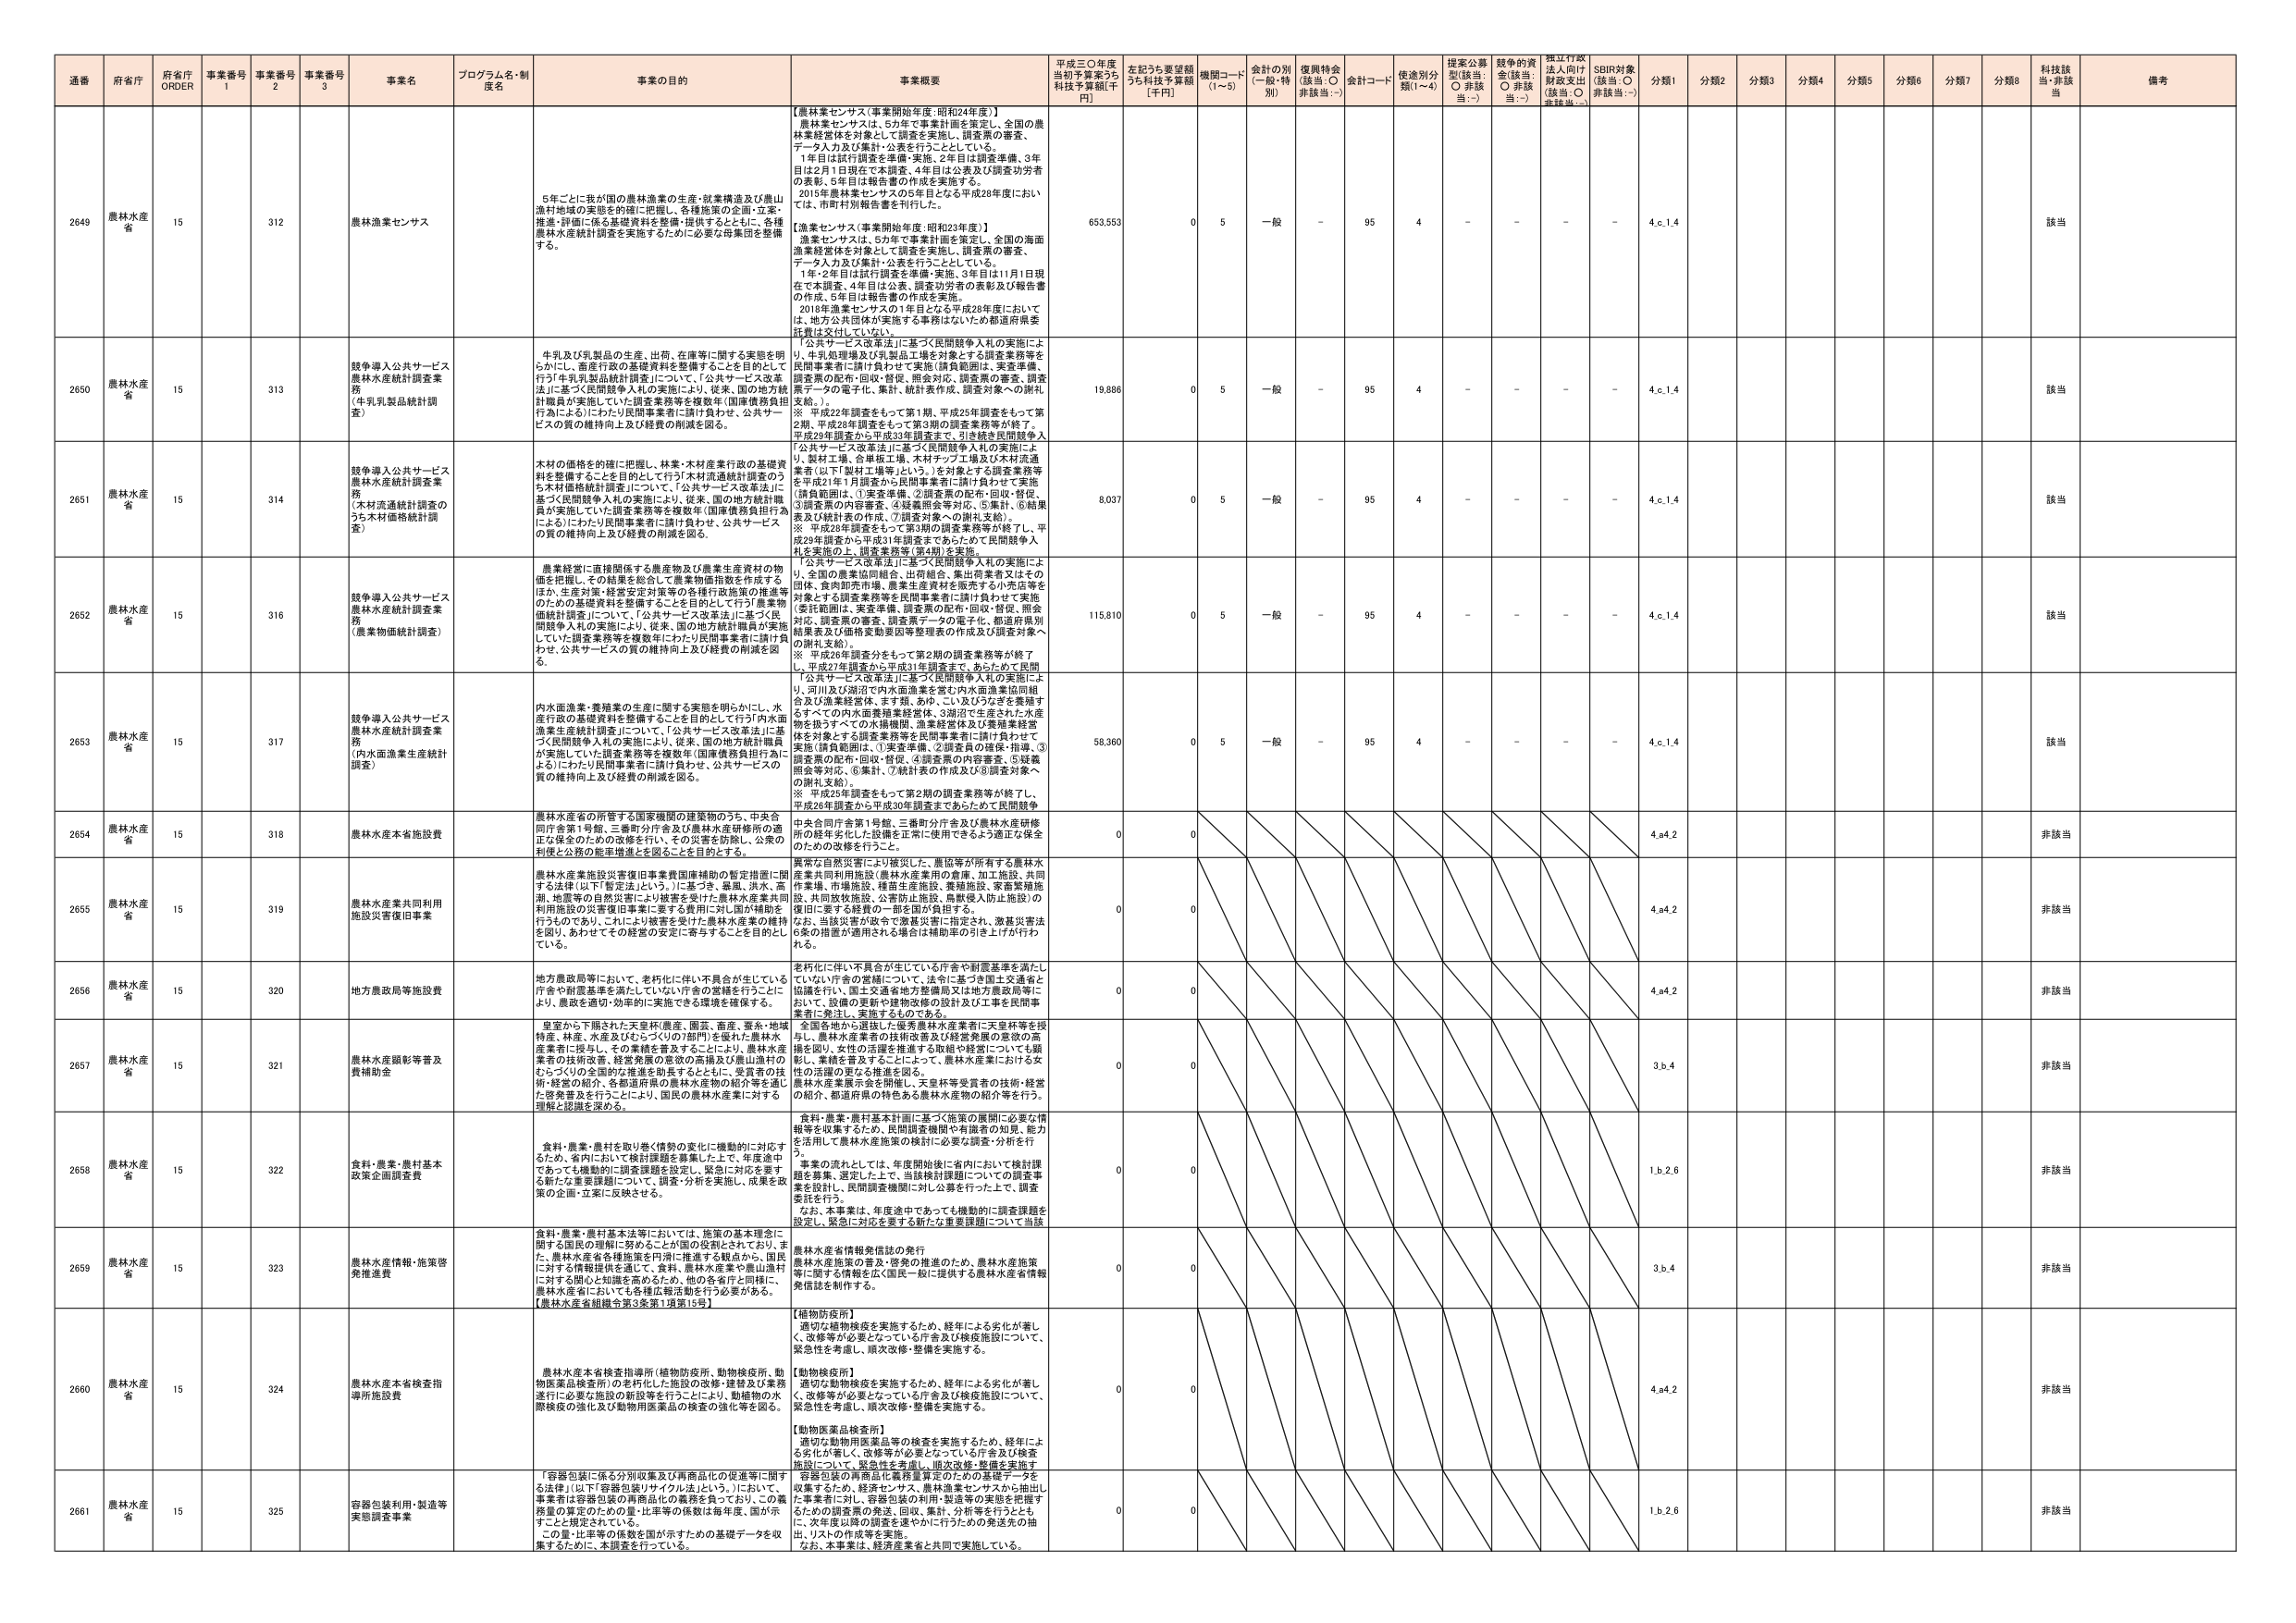
通番 府省庁 府省庁 ORDER 事業番号 1 事業番号 2 事業番号 3 事業名 プログラム名・制度名 事業の目的 事業概要 平成三〇年度当初予算案うち科技予算額[千円] 左記うち要望額うち科技予算額[千円] 機関コード(1～5) 金計の別(一般・特別) 復興特会(該当:○ 非該当:－) 金計コード 使用別分類(1～4) 提案公募型(該当:○ 非該当:－) 越年の資金(該当:○ 非該当:－) 採択行政法上向け財政支出(該当:○ 非該当:－) SDBR対象(該当:○ 非該当:－) 分類1 分類2 分類3 分類4 分類5 分類6 分類7 分類8 科技該当 備考

2649 農林水産省 15 312 農林漁業センサス 5年ごとに我が国の農林漁業の生産・就業構造及び農山漁村地域の実態を的確に把握し、各施策策の企画・立案・推進・評価に係る基礎資料を整備することを目的として、各種農林水産統計調査を実施するために必要な母集団を整備する。 【農林業センサス(事業開始年度:昭和24年度)】 農林業センサスは、5年で事業計画を策定し、全国の農林業経営体を対象として調査を実施し、調査票の審査、データ入力及び集計・公表を行うこととしている。 1年目は試行調査を準備・実施、2年目は調査準備、3年目は2月1日現在で本調査、4年目は公表及び調査功労者の表彰、5年目は報告書の作成を実施する。 2015年農林業センサスの5年目となる平成28年度におい ては、市町村別報告書を刊行した。 【漁業センサス(事業開始年度:昭和23年度)】 漁業センサスは、5年で事業計画を策定し、全国の海面漁業経営体を対象として調査を実施し、調査票の審査、データ入力及び集計・公表を行うこととしている。 1年・2年目は試行調査を準備・実施、3年目は11月1日現在で本調査、4年目は公表、調査功労者の表彰及び報告書の作成、5年目は報告書の作成を実施。 2018年漁業センサスの1年目となる平成28年度においては、地方公共団体が実施する事務はないため都道府県委託費は交付していない。 653,553 0 5 一般 - 95 4 - - - - 4.c.1.4 該当

2650 農林水産省 15 313 競争導入公共サービス農林水産統計調査業務 (牛乳乳製品統計調査) 牛乳及び乳製品の生産、出荷、在庫等に関する実態を明らかにし、畜産行政の基礎資料を整備することを目的として行う「牛乳乳製品統計調査」について、「公共サービス改革法」に基づく民間競争入札の実施により、従来、国の地方統計職員が実施していた調査業務等を複数年(国庫債務負担行為による)にわたり民間事業者に請け負わせ、公共サービスの質の維持向上及び経費の削減を図る。 「公共サービス改革法」に基づく民間競争入札の実施により、牛乳処理場及び乳製品工場を対象とする調査業務等を民間事業者に請け負わせて実施(調査範囲は、実査準備、調査票の配布・回収・督促、照会対応、調査票の審査、調査票データの電子化、集計、統計表作成、調査対象への謝礼支給。)。 ※ 平成22年調査をもって第1期、平成25年調査をもって第2期、平成28年調査をもって第3期の調査業務等が終了。 平成29年調査から平成33年調査まで、引き続き民間競争入札を実施。 19,886 0 5 一般 - 95 4 - - - - 4.c.1.4 該当

2651 農林水産省 15 314 競争導入公共サービス農林水産統計調査業務 (木材流通統計調査のうち木材価格統計調査) 木材の価格を的確に把握し、林業・木材産業行政の基礎資料を整備することを目的として行う「木材流通統計調査のうち木材価格統計調査」について、「公共サービス改革法」に基づく民間競争入札の実施により、従来、国の地方統計職員が実施していた調査業務等を複数年(国庫債務負担行為による)にわたり民間事業者に請け負わせ、公共サービスの質の維持向上及び経費の削減を図る。 「公共サービス改革法」に基づく民間競争入札の実施により、製材工場、合板積工場、木材チップ工場及び木材流通業者(以下「製材工場等」という。)を対象とする調査業務等を平成21年1月調査から民間事業者に請け負わせて実施(調査範囲は、①実査準備、②調査票の配布・回収・督促、③調査票の内容審査、④疑義照会等対応、⑤集計、⑥結果表及び統計表の作成、⑦調査対象への謝礼支給)。 ※ 平成28年調査をもって第3期の調査業務等が終了し、平成29年調査から平成31年調査まであらためて民間競争入札を実施の上、調査業務等(第4期)を実施。 8,037 0 5 一般 - 95 4 - - - - 4.c.1.4 該当

2652 農林水産省 15 316 競争導入公共サービス農林水産統計調査業務 (農業物価統計調査) 農業経営に直接関係する農産物及び農業生産資材の物価を把握し、その結果を総合して農業物価指数を作成するほか、生産対策・経営安定対策等の各種行政施策の推進等のための基礎資料を整備することを目的として行う「農業物価統計調査」について、「公共サービス改革法」に基づく民間競争入札の実施により、従来、国の地方統計職員が実施していた調査業務等を複数年(国庫債務負担行為による)にわたり民間事業者に請け負わせ、公共サービスの質の維持向上及び経費の削減を図る。 「公共サービス改革法」に基づく民間競争入札の実施により、全国の農業協同組合、出荷組合、農山漁業者又はその団体、食肉卸売市場、農業生産資材を販売する小売店等を対象とする調査業務等を民間事業者に請け負わせて実施(委託範囲は、実査準備、調査票の配布・回収・督促、照会対応、調査票の審査、調査票データの電子化、都道府県別結果表及び価格変動要因等整理表の作成及び調査対象への謝礼支給)。 ※ 平成26年調査分をもって第2期の調査業務等が終了。 平成27年調査から平成31年調査まで、あらためて民間競争入札を実施。 115,810 0 5 一般 - 95 4 - - - - 4.c.1.4 該当

2653 農林水産省 15 317 競争導入公共サービス農林水産統計調査業務 (内水面漁業生産統計調査) 内水面漁業・養殖業の生産に関する実態を明らかにし、水産行政の基礎資料を整備することを目的として行う「内水面漁業生産統計調査」について、「公共サービス改革法」に基づく民間競争入札の実施により、従来、国の地方統計職員が実施していた調査業務等を複数年(国庫債務負担行為による)にわたり民間事業者に請け負わせ、公共サービスの質の維持向上及び経費の削減を図る。 「公共サービス改革法」に基づく民間競争入札の実施により、河川及び湖沼で内水面漁業を営む内水面漁業協同組合及び漁業経営体、ます類、あゆ、こい及びうなぎを養殖するすべての内水面養殖業経営体、3湖沼で生産された水産物を扱うすべての水産機関、漁業経営体及び養殖業経営体を対象とする調査業務等を民間事業者に請け負わせて実施(調査範囲は、①実査準備、②調査員の確保・指導、③調査票の配布・回収・督促、④調査票の内容審査、⑤疑義照会等対応、⑥集計、⑦統計表の作成及び⑧調査対象への謝礼支給)。 ※ 平成23年調査をもって第2期の調査業務等が終了し、平成26年調査から平成30年調査まであらためて民間競争入札を実施。 58,360 0 5 一般 - 95 4 - - - - 4.c.1.4 該当

2654 農林水産省 15 318 農林水産本省施設費 農林水産省の所管する国家機関の建築物のうち、中央合同庁舎第1号館、三番町分庁舎及び農林水産研修所の適正な保全のための改修を行い、その災害を防除し、公衆の利便と公務の能率増進を図ることを目的とする。 中央合同庁舎第1号館、三番町分庁舎及び農林水産研修所の経年劣化した設備を正常に使用できるよう適正な保全のための改修を行うこと。 0 0 4.a4.2 非該当

2655 農林水産省 15 319 農林水産業共同利用施設災害復旧事業 農林水産業施設災害復旧事業費国庫補助の暫定措置に関する法律(以下「暫定法」という。)に基づき、暴風、洪水、高潮、地震等の自然災害により被害を受けた農林水産業者共同利用施設の災害復旧事業に要する費用に対し国が補助を行うものであり、これにより被害を受けた農林水産業の維持を図り、あわせてその経営の安定に寄与することを目的としている。 異常な自然災害により被災した、農協等が所有する農林水産業共同利用施設(農林水産業用の倉庫、加工施設、共同作業場、市場施設、種苗生産施設、養殖施設、家畜繁殖施設、共同放牧施設、公害防止施設、鳥獣侵入防止施設)の復旧に要する経費の一部を国が負担する。 なお、当該災害が政令で激甚災害に指定され、激甚災害法5条の措置が適用される場合は補助率の引き上げが行われる。 0 0 4.a4.2 非該当

2656 農林水産省 15 320 地方農政局等施設費 地方農政局等において、老朽化に伴い不具合が生じている庁舎や附属基準を満たしていない庁舎の宮舎等について、法令に基づき国土交通省と協議を行い、国土交通省地方整備局又は地方農政局等において、設備の更新や建物改修の設計及び工事を民間事業者に発注し、実施するものである。 老朽化に伴い不具合が生じている庁舎や附属基準を満たしていない庁舎の宮舎について、法令に基づき国土交通省と協議を行い、国土交通省地方整備局又は地方農政局等において、設備の更新や建物改修の設計及び工事を民間事業者に発注し、実施するものである。 0 0 4.a4.2 非該当

2657 農林水産省 15 321 農林水産職影等普及費補助金 皇室から下賜された天皇杯(農産、園芸、畜産、蚕糸・地域特産、林産、水産及び45つづくり)7部門を優れた農林水産業者に授与し、その業績を普及することにより、農林水産業者の技術改善、経営改善及び高額な農山漁村のむらづくりの全国的な推進を助長するとともに、受賞者の技術・経営の紹介、各都道府県の農林水産物の紹介等を通じた啓発普及を行うことにより、国民の農林水産業に対する理解と認識を深める。 全国各地から選抜した優秀農林水産業者に天皇杯等を授与し、農林水産業者の技術改善及び経営発展の意欲の高揚を図り、女性の活躍を推進する取組や経営においても顕彰し、業績を普及することによって、農林水産業における女性の活躍の更なる推進を図る。 農林水産業展示会を開催し、天皇杯等受賞者の技術・経営の紹介、都道府県の特色ある農林水産物の紹介等を行う。 0 0 3.b.4 非該当

2658 農林水産省 15 322 食料・農業・農村基本政策企画調査費 食料・農業・農村を取り巻く情勢の変化に機動的に対応するため、省内において検討課題を募集した上で、年度途中であっても機動的に調査課題を設定し、緊急に対応を要する新たな重要課題について、調査・分析を実施し、成果を政策の企画・立案に反映させる。 食料・農業・農村基本計画に基づく施策の展開に必要な情報等を収集するため、民間調査機関や有識者の知見、能力を活用して農林水産施策の検討に必要な調査・分析を行う。 事業の流れとしては、年度開始後に省内において検討課題を募集、選定した上で、当該検討課題についての調査事業を設計し、民間調査機関に対し公募を行った上で、調査委託を行う。 なお、本事業は、年度途中であっても機動的に調査課題を設定し、緊急に対応を要する新たな重要課題について当該調査を実施する。 0 0 1.b.2.6 非該当

2659 農林水産省 15 323 農林水産情報・施策啓発推進費 食料・農業・農村基本法等においては、施策の基本理念に関する国民の理解に努めることが国の役割とされており、また、農林水産省各種施策を円滑に推進する観点から、国民に対する情報提供を重視し、食料・農林水産業や農山漁村に対する関心と知識を高めるため、他の各本庁と同時に、農林水産省においても各種広報活動を行う必要がある。 【農林水産省組織令第3条第1項第15号】 農林水産省情報発信誌の発行 農林水産施策の普及・啓発の推進のため、農林水産施策等に関する情報を広く国民一般に提供する農林水産省情報発信誌を制作する。 0 0 3.b.4 非該当

2660 農林水産省 15 324 農林水産本省検査指導所施設費 農林水産本省検査指導所(植物防疫所、動物検疫所、動物医薬品検査所)の老朽化した施設の改修・建替及び業務遂行に必要な施設の新設等を行うことにより、動植物の水際検疫の強化及び動物用医薬品の検査の強化等を図る。 【植物防疫所】 適切な植物検疫を実施するため、経年による劣化が著しく、改修等が必要となっている庁舎及び検疫施設について、緊急性を考慮し、順次改修・整備を実施する。 【動物検疫所】 適切な動物検疫を実施するため、経年による劣化が著しく、改修等が必要となっている庁舎及び検疫施設について、緊急性を考慮し、順次改修・整備を実施する。 【動物医薬品検査所】 適切な動物用医薬品等の検査を実施するため、経年による劣化が著しく、改修等が必要となっている庁舎及び検査施設について、緊急性を考慮し、順次改修・整備を実施す 0 0 4.a4.2 非該当

2661 農林水産省 15 325 容器包装利用・製造等実態調査事業 「容器包装に係る分別収集及び再商品化の促進等に関する法律」(以下「容器包装リサイクル法」という。)において、事業者は容器包装の再商品化の義務を負っており、この義務量の算定のための量・比率等の係数は毎年度、国が示すことに規定されている。 この量・比率等の係数を国が示すための基礎データを収集するために、本調査を行っている。 容器包装の再商品化義務量算定のための基礎データを収集するため、経済産業省、農林漁業センサスに抽出した事業者に対し、容器包装の利用・製造等の実態を把握するために調査票の発送、回収、集計、分析等を行うとともに、次年度以降の調査を速やかに行うための発送先の抽出、リストの作成等を実施。 なお、本事業は、経済産業省と共同で実施している。 0 0 1.b.2.6 非該当